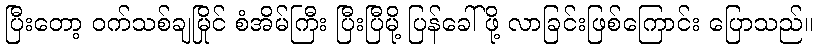
ပြီးတော့ ဝက်သစ်ချမြိုင် စံအိမ်ကြီး ပြီးပြီမို့ ပြန်ခေါ်ဖို့ လာခြင်းဖြစ်ကြောင်း ပြောသည်။